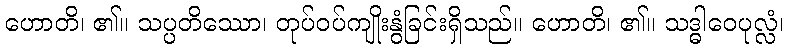
ဟောတိ၊ ၏။ သပ္ပတိဿော၊ တုပ်ဝပ်ကျိုးနွံခြင်းရှိသည်။ ဟောတိ၊ ၏။ သဒ္ဓါဝေပုလ္လံ၊